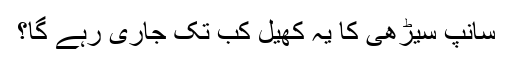
سانپ سیڑھی کا یہ کھیل کب تک جاری رہے گا؟